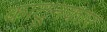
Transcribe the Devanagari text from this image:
काटूनकार